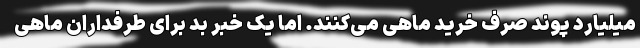
میلیارد پوند صرف خرید ماهی می‌کنند. اما یک خبر بد برای طرفداران ماهی